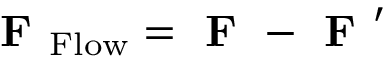
\textbf { F } _ { \mathrm { F l o w } } = \textbf { F } - \textbf { F } ^ { \prime }